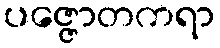
ပဇ္ဇောတကရာ